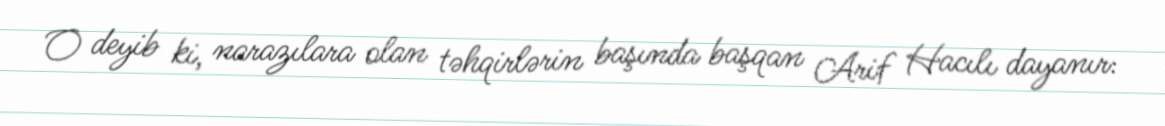
O deyib ki, narazılara olan təhqirlərin başında başqan Arif Hacılı dayanır: